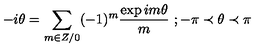
- i \theta = \sum _ { m \in Z / 0 } ( - 1 ) ^ { m } \frac { \exp i m \theta } { m } \textrm { } ; - \pi \prec \theta \prec \pi